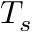
T _ { s }